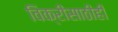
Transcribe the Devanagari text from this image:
विक्रीसाठीही